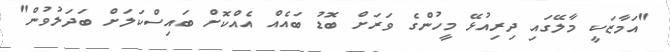
"އަމާޒަކީ މާލޭގައި ދިރިއުޅޭ މީހުންގެ ވަރަށް ބޮޑު ބައެއް އެއްކޮށް ބައިސްކަލަށް ބަދަލުވުން"